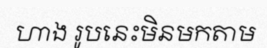
ហាង រូបនេះមិនមកតាម